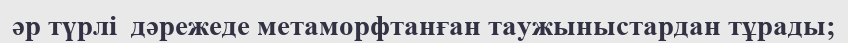
әр түрлі  дәрежеде метаморфтанған таужыныстардан тұрады;